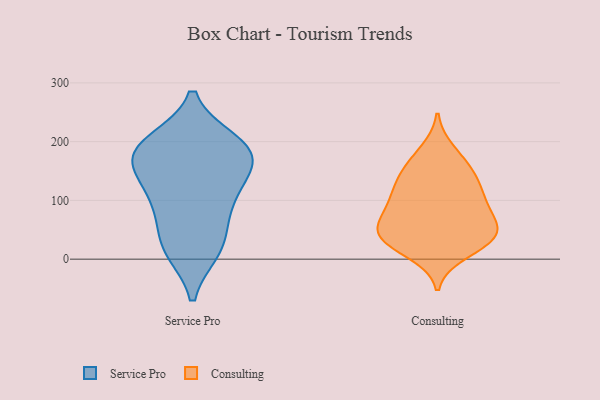
{"axis": {"x": "Revenue (USD Million)", "y": "Value"}, "legend": ["Consulting", "Service Pro"], "data": [{"x": "", "y": 197, "type": "Service Pro"}, {"x": "", "y": 84, "type": "Service Pro"}, {"x": "", "y": 107, "type": "Service Pro"}, {"x": "", "y": 141, "type": "Service Pro"}, {"x": "", "y": 27, "type": "Service Pro"}, {"x": "", "y": 180, "type": "Service Pro"}, {"x": "", "y": 84, "type": "Service Pro"}, {"x": "", "y": 17, "type": "Service Pro"}, {"x": "", "y": 200, "type": "Service Pro"}, {"x": "", "y": 150, "type": "Service Pro"}, {"x": "", "y": 187, "type": "Service Pro"}, {"x": "", "y": 187, "type": "Service Pro"}, {"x": "", "y": 156, "type": "Service Pro"}, {"x": "", "y": 15, "type": "Service Pro"}, {"x": "", "y": 146, "type": "Consulting"}, {"x": "", "y": 65, "type": "Consulting"}, {"x": "", "y": 42, "type": "Consulting"}, {"x": "", "y": 99, "type": "Consulting"}, {"x": "", "y": 10, "type": "Consulting"}, {"x": "", "y": 62, "type": "Consulting"}, {"x": "", "y": 92, "type": "Consulting"}, {"x": "", "y": 131, "type": "Consulting"}, {"x": "", "y": 140, "type": "Consulting"}, {"x": "", "y": 47, "type": "Consulting"}, {"x": "", "y": 24, "type": "Consulting"}, {"x": "", "y": 91, "type": "Consulting"}, {"x": "", "y": 185, "type": "Consulting"}, {"x": "", "y": 167, "type": "Consulting"}, {"x": "", "y": 46, "type": "Consulting"}, {"x": "", "y": 33, "type": "Consulting"}, {"x": "", "y": 113, "type": "Consulting"}, {"x": "", "y": 34, "type": "Consulting"}]}